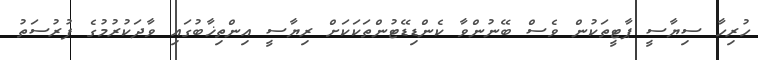
ހުރިހާ ސިޔާސީ ޕާޓީތަކުން ވެސް ބޭނުންވާ ކެންޑިޑޭޓުންތަކަކަށް ރިޔާސީ އިންތިޚާބުގައި ވާދަކުރުމުގެ ފުރުސަތު